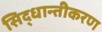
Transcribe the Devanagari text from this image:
सिद्धान्तीकरण